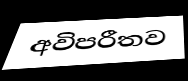
අවිපරීතව